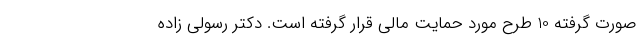
صورت گرفته 10 طرح مورد حمایت مالی قرار گرفته است. دکتر رسولی زاده